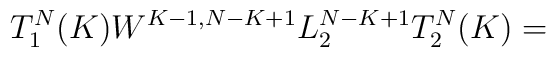
T^N_1(K) W^{K-1,N-K+1}L^{N-K+1}_2T^N_2(K) =